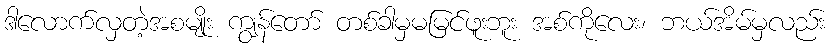
ဒါလောက်လှတဲ့အစမျိုး ကျွန်တော် တစ်ခါမှမမြင်ဖူးဘူး အစ်ကိုလေး၊ ဘယ်အိမ်မှလည်း